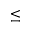
\leq